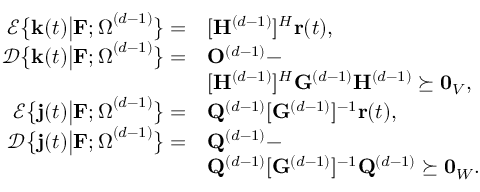
\begin{array} { r l } { \mathcal { E } \big \{ \mathbf { k } ( t ) \big \vert \mathbf { F } ; \boldsymbol { \Omega } ^ { ( d - 1 ) } \big \} = } & { [ \mathbf { H } ^ { ( d - 1 ) } ] ^ { H } \mathbf { r } ( t ) , } \\ { \mathcal { D } \big \{ \mathbf { k } ( t ) \big \vert \mathbf { F } ; \boldsymbol { \Omega } ^ { ( d - 1 ) } \big \} = } & { \mathbf { O } ^ { ( d - 1 ) } - } \\ & { [ \mathbf { H } ^ { ( d - 1 ) } ] ^ { H } \mathbf { G } ^ { ( d - 1 ) } \mathbf { H } ^ { ( d - 1 ) } \succeq \mathbf { 0 } _ { V } , } \\ { \mathcal { E } \big \{ \mathbf { j } ( t ) \big \vert \mathbf { F } ; \boldsymbol { \Omega } ^ { ( d - 1 ) } \big \} = } & { \mathbf { Q } ^ { ( d - 1 ) } [ \mathbf { G } ^ { ( d - 1 ) } ] ^ { - 1 } \mathbf { r } ( t ) , } \\ { \mathcal { D } \big \{ \mathbf { j } ( t ) \big \vert \mathbf { F } ; \boldsymbol { \Omega } ^ { ( d - 1 ) } \big \} = } & { \mathbf { Q } ^ { ( d - 1 ) } - } \\ & { \mathbf { Q } ^ { ( d - 1 ) } [ \mathbf { G } ^ { ( d - 1 ) } ] ^ { - 1 } \mathbf { Q } ^ { ( d - 1 ) } \succeq \mathbf { 0 } _ { W } . } \end{array}